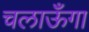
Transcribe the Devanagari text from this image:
चलाऊँगा